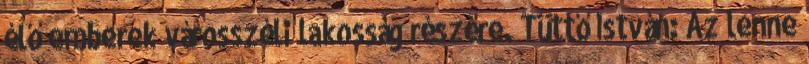
élő emberek városszéli lakosság részére. Tüttő István: Az lenne